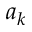
a _ { k }